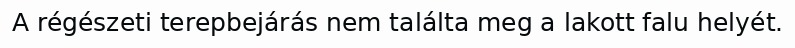
A régészeti terepbejárás nem találta meg a lakott falu helyét.